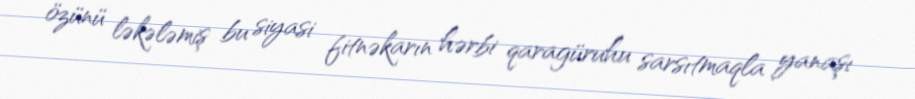
özünü ləkələmiş bu siyasi fitnəkarın hərbi qaragüruhu sarsıtmaqla yanaşı